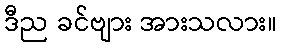
ဒီည ခင်ဗျား အားသလား။